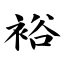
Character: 裕